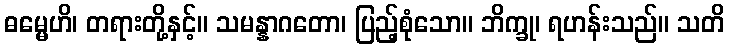
ဓမ္မေဟိ၊ တရားတို့နှင့်။ သမန္နာဂတော၊ ပြည့်စုံသော။ ဘိက္ခု၊ ရဟန်းသည်။ သတိ